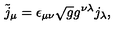
\tilde { j } _ { \mu } = \epsilon _ { \mu \nu } \sqrt { g } g ^ { \nu \lambda } j _ { \lambda } ,